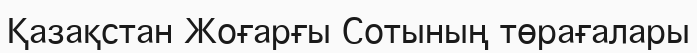
Қазақстан Жоғарғы Сотының төрағалары